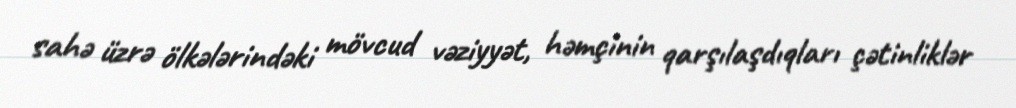
sahə üzrə ölkələrindəki mövcud vəziyyət, həmçinin qarşılaşdıqları çətinliklər